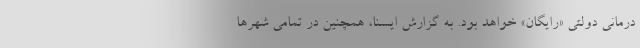
درمانی دولتی «رایگان» خواهد بود. به گزارش ایسنا، همچنین در تمامی شهرها